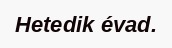
Hetedik évad.